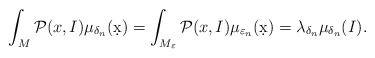
\begin{align*} \int_M \mathcal P(x,I) \mu_{\delta_n}(\d x) &= \int_{M_\varepsilon} \mathcal P(x,I) \mu_{\varepsilon_n}(\d x) = \lambda_{\delta_n} \mu_{\delta_n} (I).\end{align*}